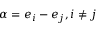
\alpha = e _ { i } - e _ { j } , i \neq j